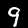
Label: 9